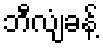
ဘီလျံခန့်